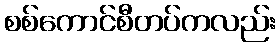
စစ်ကောင်စီတပ်ကလည်း